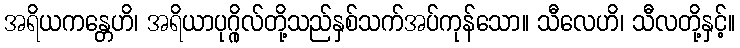
အရိယကန္တေဟိ၊ အရိယာပုဂ္ဂိုလ်တို့သည်နှစ်သက်အပ်ကုန်သော။ သီလေဟိ၊ သီလတို့နှင့်။